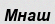
Мнаш